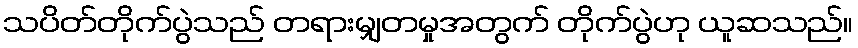
သပိတ်တိုက်ပွဲသည် တရားမျှတမှုအတွက် တိုက်ပွဲဟု ယူဆသည်။